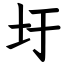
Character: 圩